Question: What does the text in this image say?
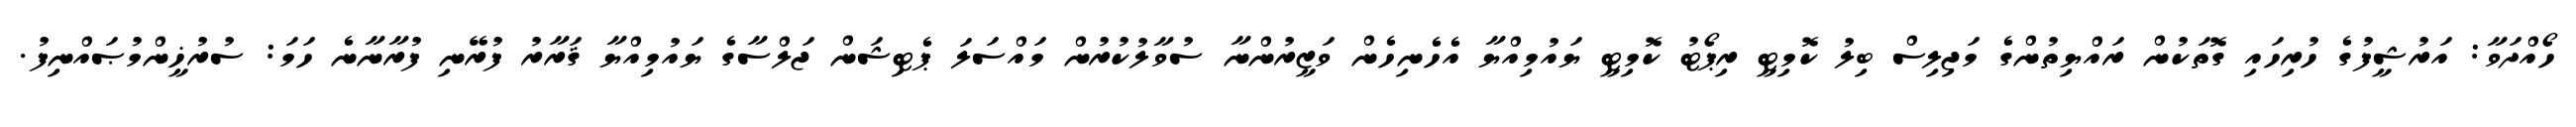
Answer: ހޯއްދަވާ: އަރުޝީފުގެ ހުރިހައި ގޮތަކުން ރައްޔިތުންގެ މަޖިލިސް ބިލު ކޮމިޓީ ރިޕޯޓު ކޮމިޓީ ޔައުމިއްޔާ އެހެނިހެން ވަޒީރުންނާ ސުވާލުކުރުން މައްސަލަ ޕެޓިޝަން ޖަލްސާގެ ޔައުމިއްޔާ ޤަރާރު ފުރޭނި ފުރާނާނެ ހަމަ: ސުރުޚީންމުޞައްނިފު.